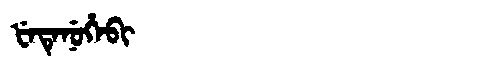
Manchu: ᡶᡝᡨᡝᠨᡠᡥᡝᠪᡳ
Romanization: FETENUHEBI